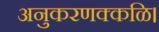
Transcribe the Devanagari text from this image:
अनुकरणक्कळि।